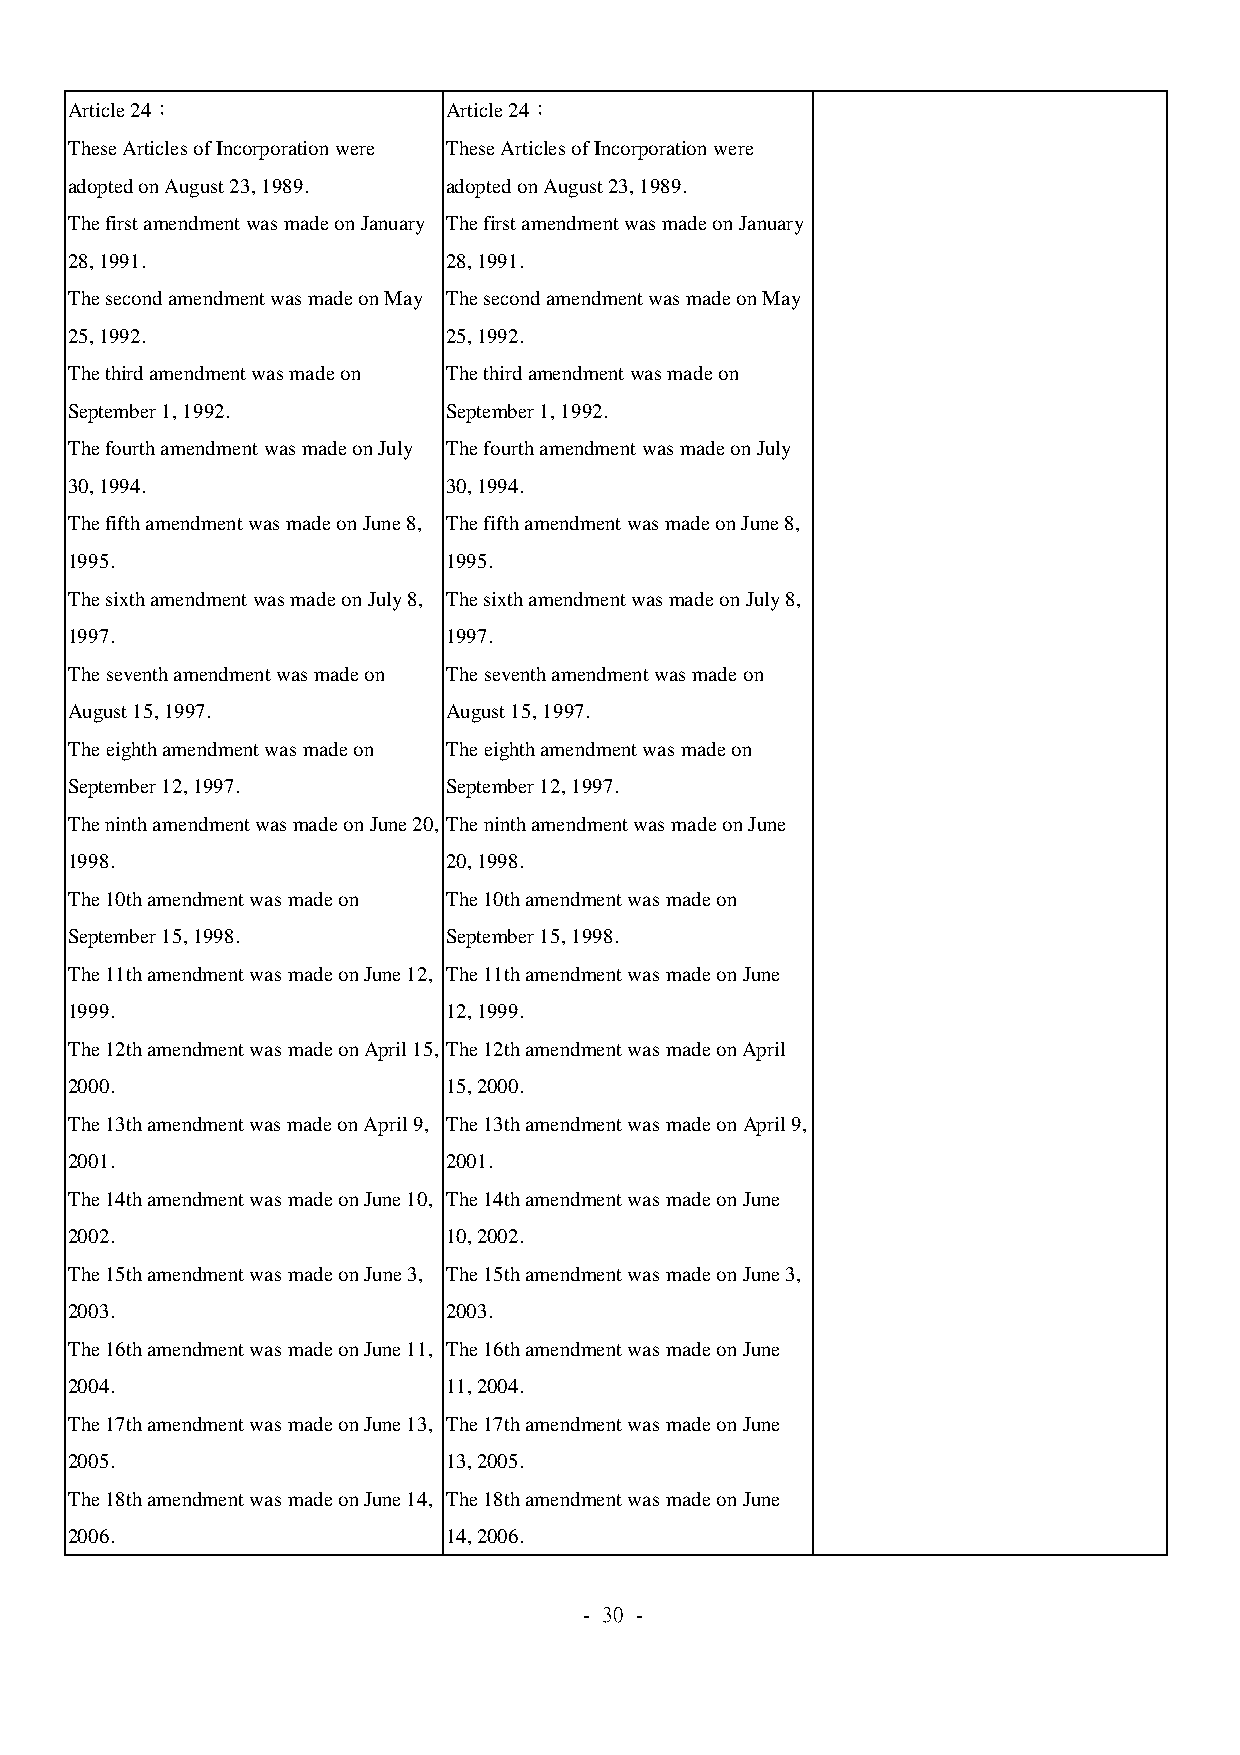
Article 24：               Article 24：
 These Articles of Incorporation were These Articles of Incorporation were
 adopted on August 23, 1989. adopted on August 23, 1989.
 The first amendment was made on January The first amendment was made on January
 28, 1991.                 28, 1991.
 The second amendment was made on May The second amendment was made on May
 25, 1992.                 25, 1992.
 The third amendment was made on The third amendment was made on
 September 1, 1992.        September 1, 1992.
 The fourth amendment was made on July The fourth amendment was made on July
 30, 1994.                 30, 1994.
 The fifth amendment was made on June 8, The fifth amendment was made on June 8,
 1995.                     1995.
 The sixth amendment was made on July 8, The sixth amendment was made on July 8,
 1997.                     1997.
 The seventh amendment was made on The seventh amendment was made on
 August 15, 1997.          August 15, 1997.
 The eighth amendment was made on The eighth amendment was made on
 September 12, 1997.       September 12, 1997.
 The ninth amendment was made on June 20, The ninth amendment was made on June
 1998.                     20, 1998.
 The 10th amendment was made on The 10th amendment was made on
 September 15, 1998.       September 15, 1998.
 The 11th amendment was made on June 12, The 11th amendment was made on June
 1999.                     12, 1999.
 The 12th amendment was made on April 15, The 12th amendment was made on April
 2000.                     15, 2000.
 The 13th amendment was made on April 9, The 13th amendment was made on April 9,
 2001.                     2001.
 The 14th amendment was made on June 10, The 14th amendment was made on June
 2002.                     10, 2002.
 The 15th amendment was made on June 3, The 15th amendment was made on June 3,
 2003.                     2003.
 The 16th amendment was made on June 11, The 16th amendment was made on June
 2004.                     11, 2004.
 The 17th amendment was made on June 13, The 17th amendment was made on June
 2005.                     13, 2005.
 The 18th amendment was made on June 14, The 18th amendment was made on June
 2006.                     14, 2006.
 - 30 -